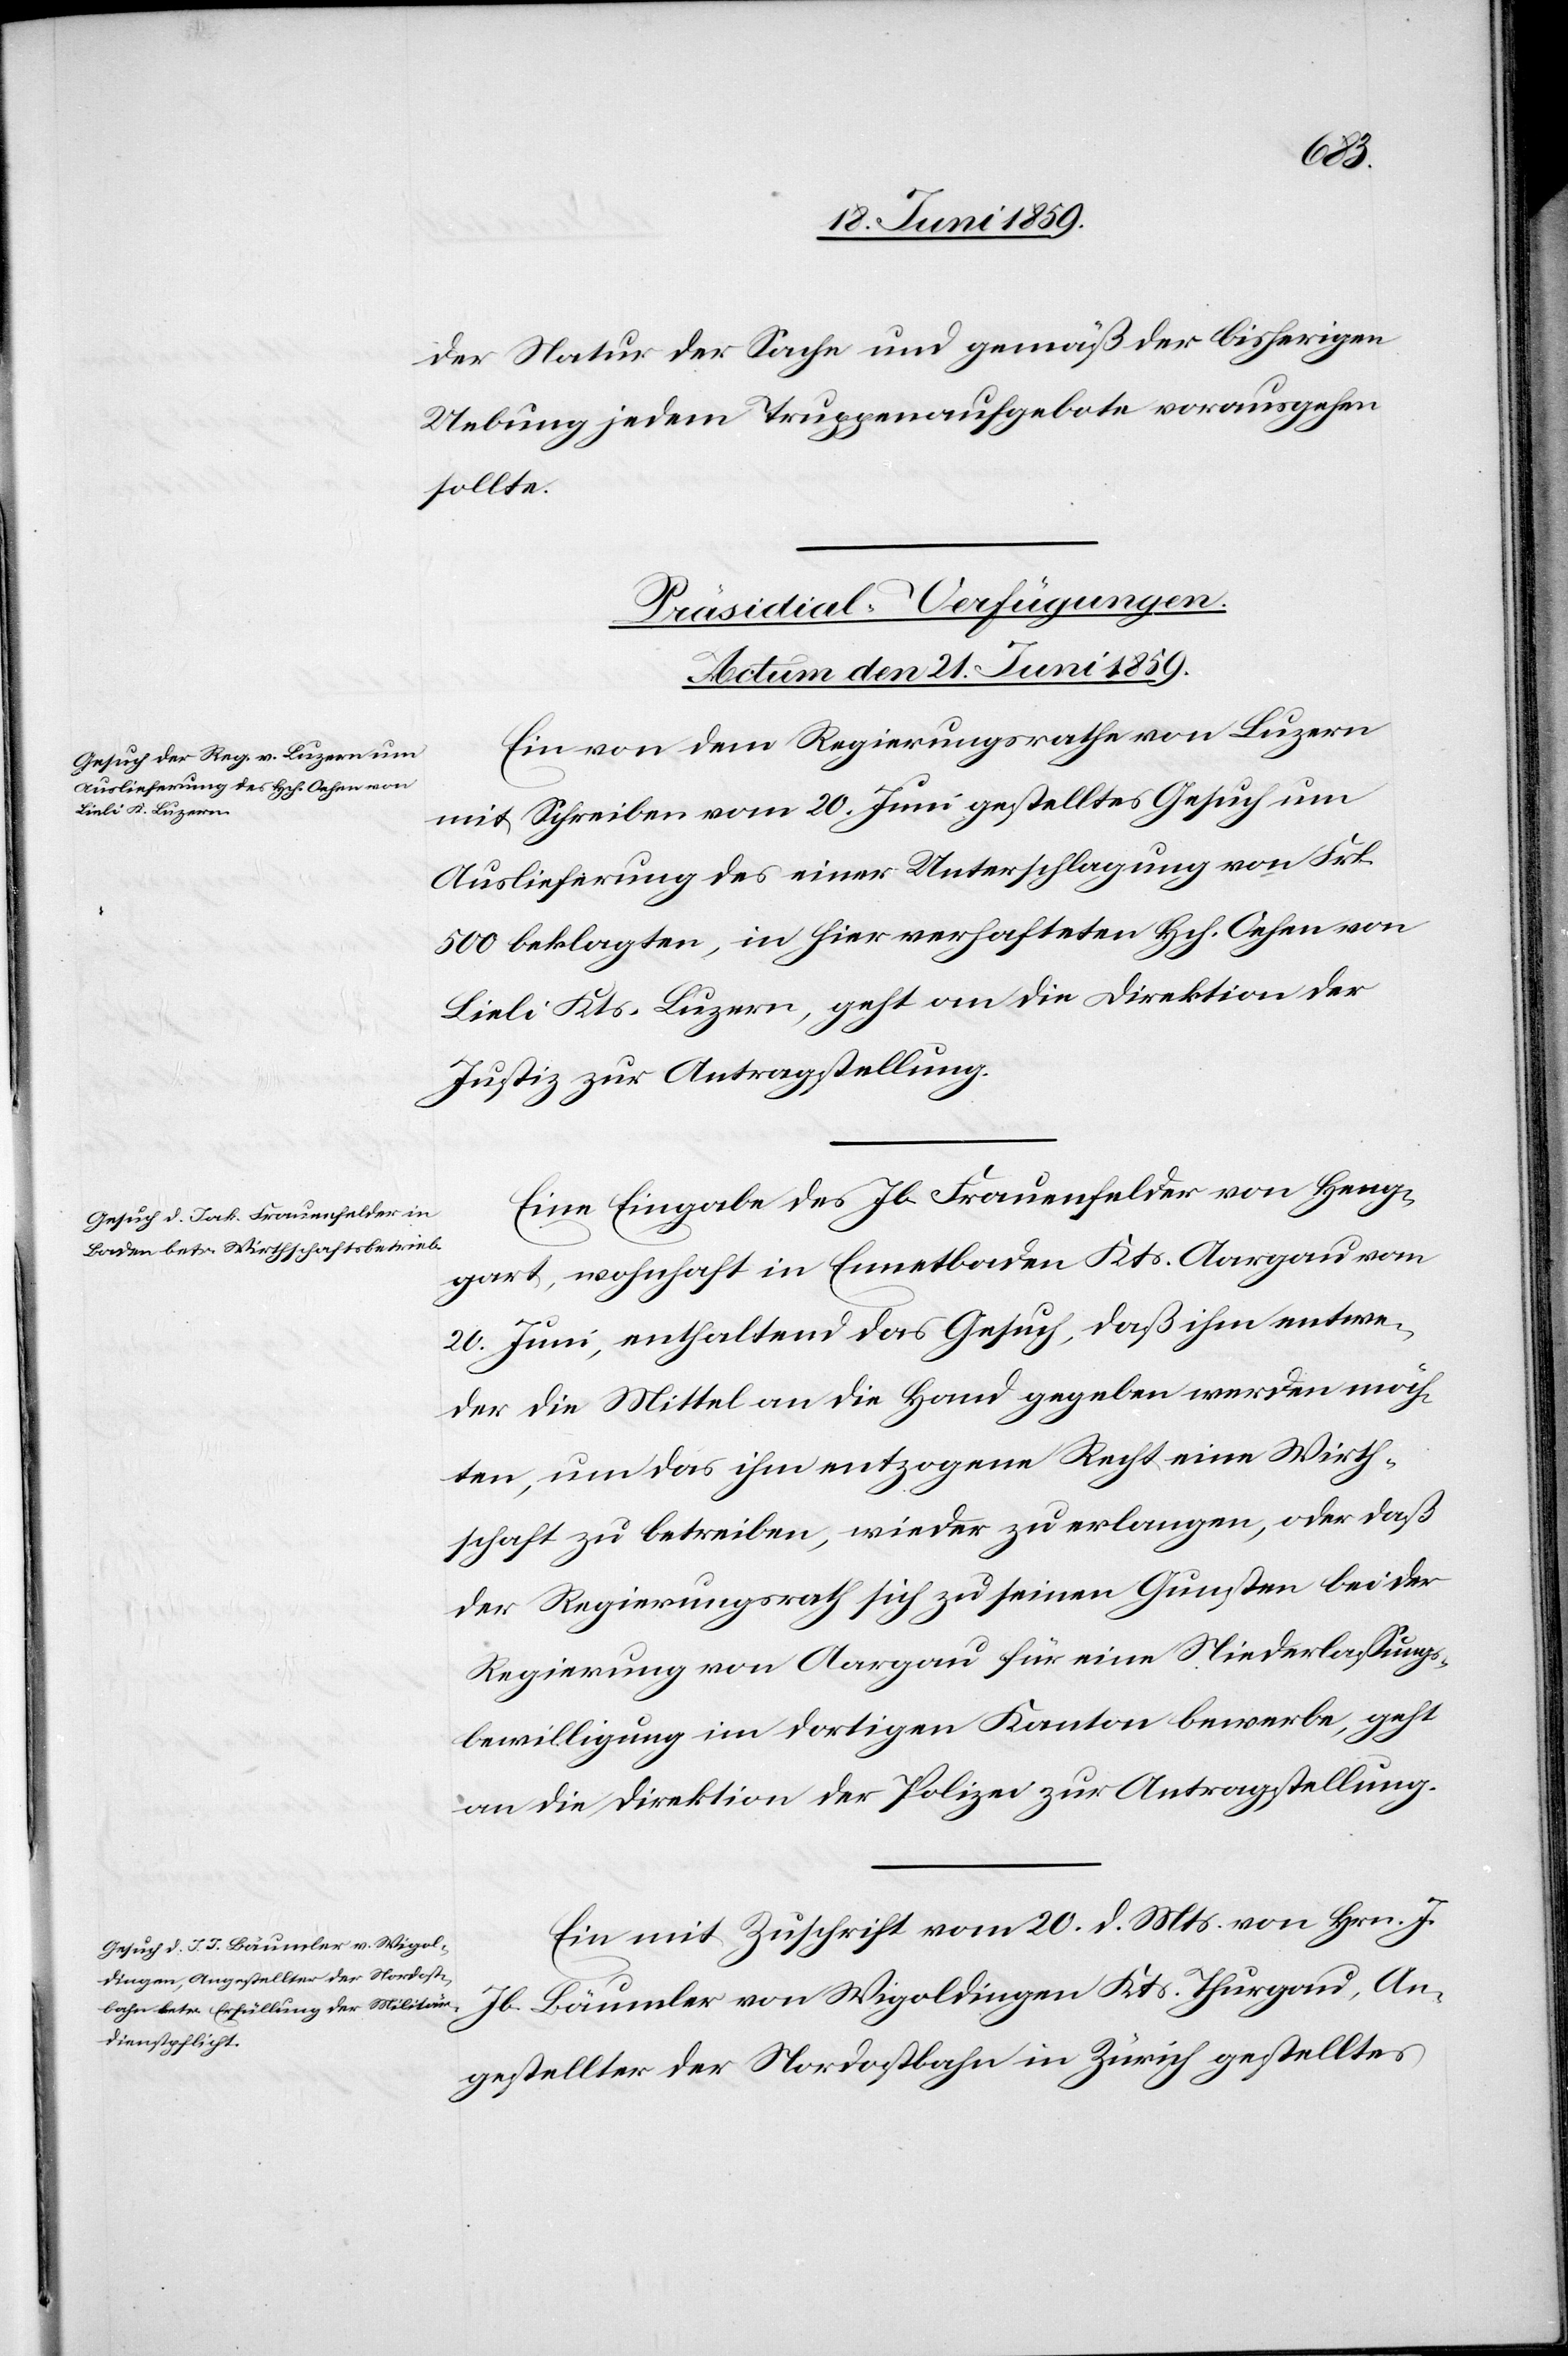
der Natur der Sache und gemäß der bisherigen
Uebung jedem Truppenaufgebote vorausgehen
sollte
[Präsidial-Verfügungen.
Actum den 21. Juni 1859.]
Ein von dem Regierungsrathe von Luzern
mit Schreiben vom 20. Juni gestelltes Gesuch um
Auslieferung des einer Unterschlagung von Frk.
500 beklagten, in hier verhafteten Hch. Oehen von
Lieli Kts. Luzern, geht an die Direktion der
Justiz zur Antragstellung.
Eine Eingabe des Jb Frauenfelder von Heng¬
art, wohnhaft in Ennetbaden Kts. Aargau vom
20. Juni, enthaltend das Gesuch, daß ihm entwe¬
der die Mittel an die Hand gegeben werden möch¬
ten, um das ihm entzogene Recht eine Wirth¬
schaft zu betreiben, wieder zu erlangen, oder daß
der Regierungsrath sich zu seinen Gunsten bei der
Regierung von Aargau für eine Niederlassungs¬
bewilligung im dortigen Kanton bewerbe, geht
an die Direktion der Polizei zur Antragstellung.
Ein mit Zuschrift vom 20. d. Mts. von Hrn. J.
Jb. Bäumler von Wigoldingen Kts. Thurgau, An¬
gestellter der Nordostbahn in Zürich gestelltes